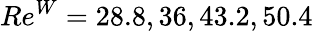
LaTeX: Re^{W}=28.8,36,43.2,50.4